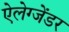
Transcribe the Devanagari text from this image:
ऐलेग्जेंडर